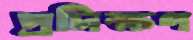
প্রদিক্ষণ